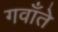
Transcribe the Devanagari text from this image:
गवाँते